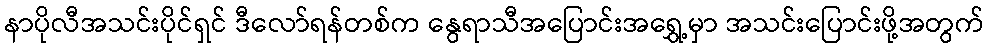
နာပိုလီအသင်းပိုင်ရှင် ဒီလော်ရန်တစ်က နွေရာသီအပြောင်းအရွှေ့မှာ အသင်းပြောင်းဖို့အတွက်